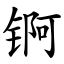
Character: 锕